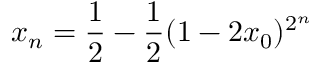
x _ { n } = { \frac { 1 } { 2 } } - { \frac { 1 } { 2 } } ( 1 - 2 x _ { 0 } ) ^ { 2 ^ { n } }